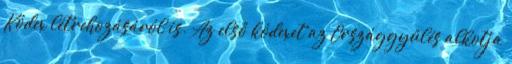
Kódex létrehozásáról is. Az első kódexet az Országgyűlés alkotja